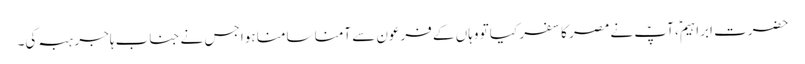
حضرت ابراہیمؑ، آپؑ نے مصر کا سفر کیا تو وہاں کے فرعون سے آمنا سامنا ہوا جس نے جناب ہاجر ہبہ کی۔